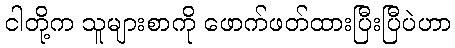
ငါတို့က သူများစာကို ဖောက်ဖတ်ထားပြီးပြီပဲဟာ